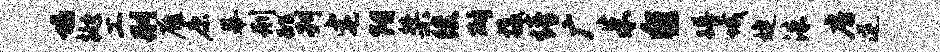
塌抛工删雁康幕刑跳刊宅阳桀後斫摄情广朱黎蹲城婕洙房逆